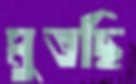
মুতছি